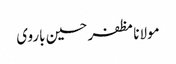
مولانا مظفر حسین باروی